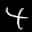
Label: 4